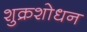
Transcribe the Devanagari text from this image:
शुक्रशोधन